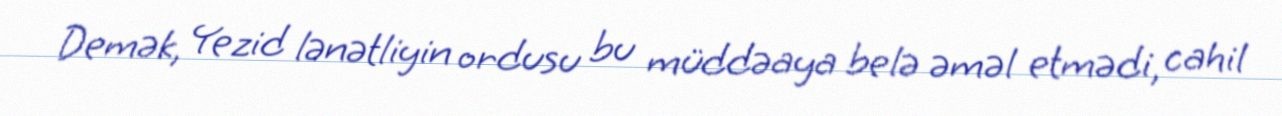
Demək, Yezid lənətliyin ordusu bu müddəaya belə əməl etmədi, cahil